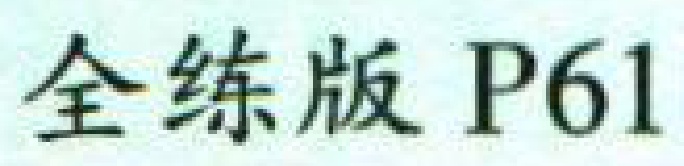
全练版 P61